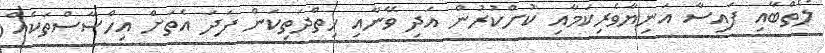
ލޯތްބާއި ފައިސާ އަނިޔާވެރިކަމާއި ކުށްކުރުން އަދި ވޭނާއި ހިތްދަތިކަން ފަދަ އެތަށް އިހްސާސްތަކެއް